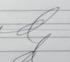
Signature authenticity: genuine